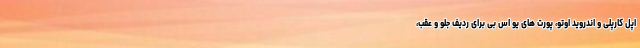
اپل کارپلی و اندروید اوتو، پورت های یو اس بی برای ردیف جلو و عقب،